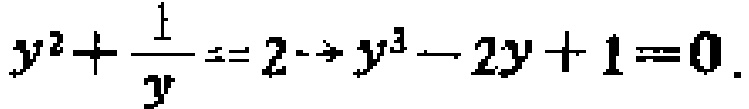
$y^{2}+\frac{1}{y}=2\rightarrow y^{3}-2y + 1 = 0$.